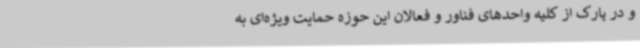
و در پارک از کلیه واحدهای فناور و فعالان این حوزه حمایت ویژه‌ای به